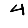
Digit: 4